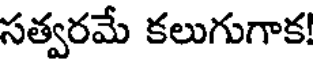
సత్వరమే కలుగుగాక!